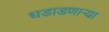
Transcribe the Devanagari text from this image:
धडाडणाऱ्या